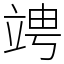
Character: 𥪁